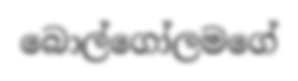
බොල්ගෝලමගේ